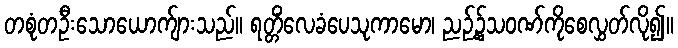
တစုံတဦးသောယောက်ျားသည်။ ရတ္တိံလေခံပေသုကာမော၊ ညဉ့်၌သဝဏ်ကိုစေလွှတ်လို၍။